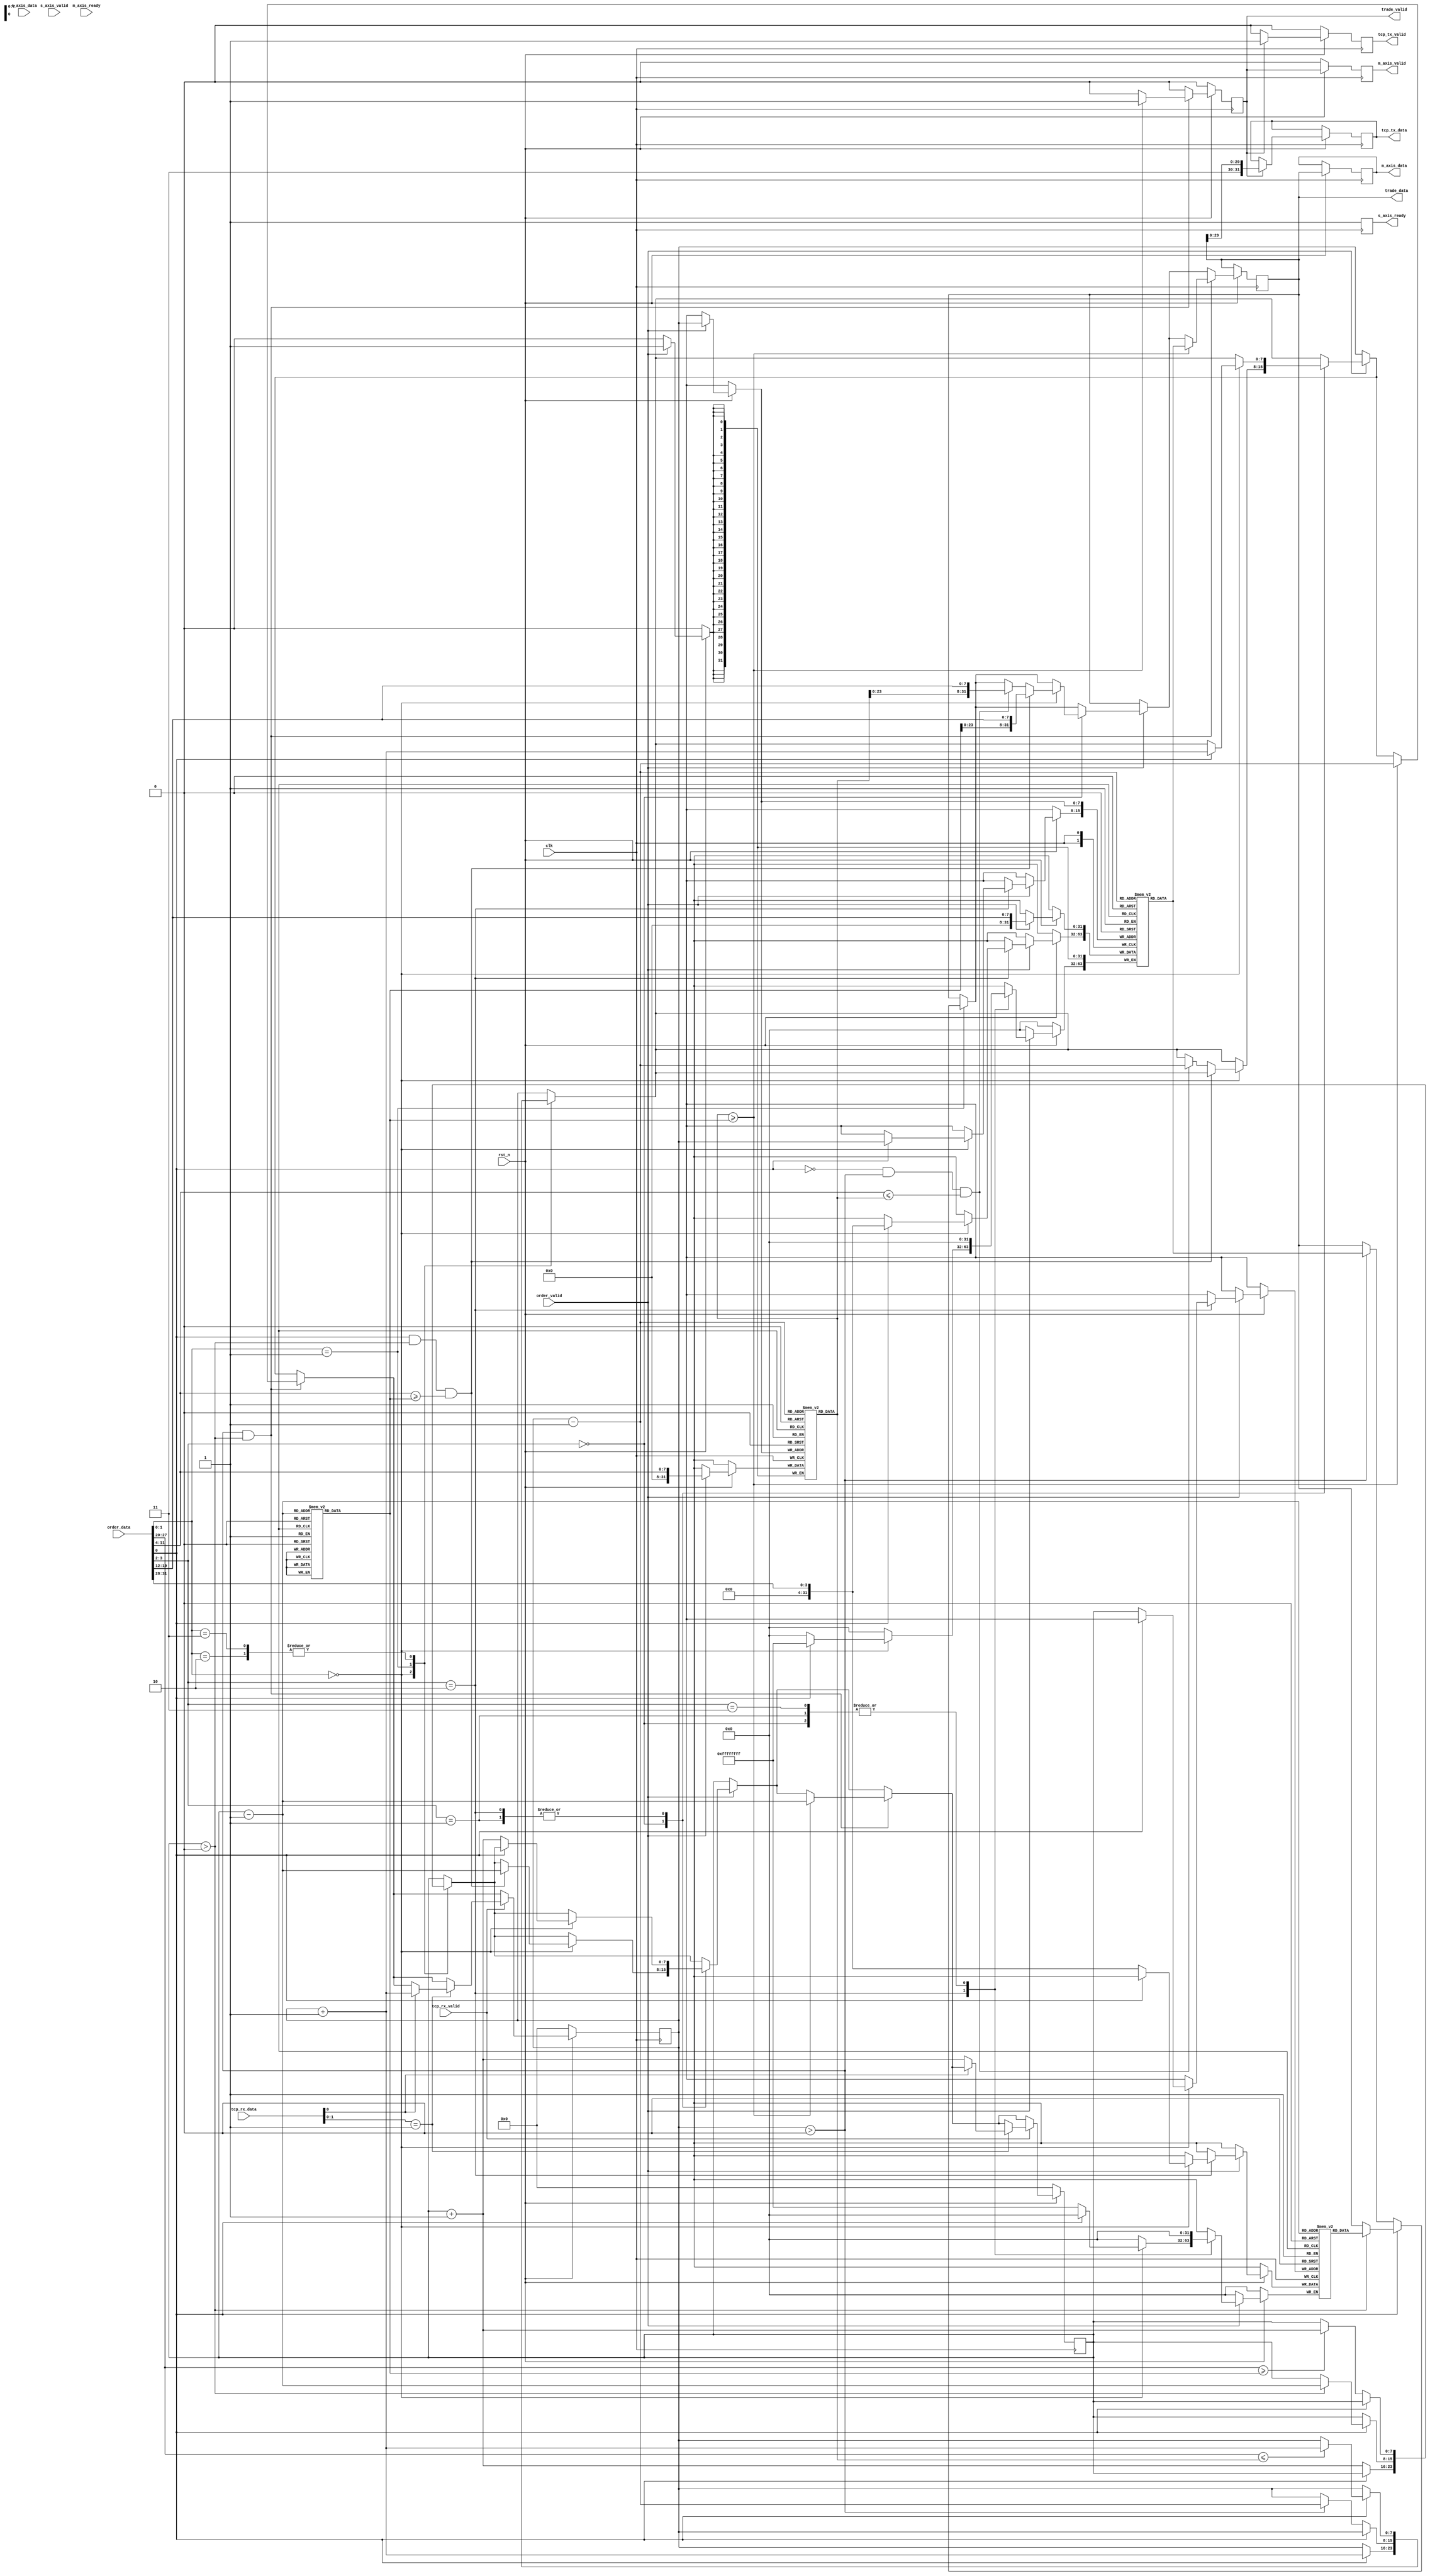
module order_matching_engine (
  input wire clk,
  input wire rst_n,
  input wire [31:0] order_data,
  input wire order_valid,
  output reg [31:0] trade_data,
  output reg trade_valid,
  // TCP/IP stack interfaces
  input wire [31:0] tcp_rx_data,
  input wire tcp_rx_valid,
  output reg [31:0] tcp_tx_data,
  output reg tcp_tx_valid,
  // AXI stream interfaces
  input wire [31:0] s_axis_data,
  input wire s_axis_valid,
  output reg s_axis_ready,
  output reg [31:0] m_axis_data,
  output reg m_axis_valid,
  input wire m_axis_ready
);

  // Advanced order types
  parameter LIMIT_ORDER = 2'b00;
  parameter MARKET_ORDER = 2'b01;
  parameter STOP_ORDER = 2'b10;
  parameter TRAILING_STOP_ORDER = 2'b11;

  // Execution strategies
  parameter AGGRESSIVE_STRATEGY = 2'b00;
  parameter PASSIVE_STRATEGY = 2'b01;
  parameter ICEBERG_STRATEGY = 2'b10;
  parameter VWAP_STRATEGY = 2'b11;

  // Order book data structure
  reg [1:0] bid_order_type [0:255];
  reg [1:0] bid_execution_strategy [0:255];
  reg [31:0] bid_price [0:255];
  reg [31:0] bid_quantity [0:255];
  reg [31:0] bid_stop_price [0:255];
  reg [31:0] bid_iceberg_quantity [0:255];

  reg [1:0] ask_order_type [0:255];
  reg [1:0] ask_execution_strategy [0:255];
  reg [31:0] ask_price [0:255];
  reg [31:0] ask_quantity [0:255];
  reg [31:0] ask_stop_price [0:255];
  reg [31:0] ask_iceberg_quantity [0:255];

  reg [7:0] bid_book_size;
  reg [7:0] ask_book_size;

  // Matching engine logic
  always @(posedge clk) begin
    if (!rst_n) begin
      // Reset logic
      bid_book_size <= 0;
      ask_book_size <= 0;
      trade_valid <= 0;
      tcp_tx_valid <= 0;
      s_axis_ready <= 1;
      m_axis_valid <= 0;
    end else begin
      // Process incoming orders
      if (order_valid) begin
        bid_order_type[bid_book_size] <= order_data[1:0];
        bid_execution_strategy[bid_book_size] <= order_data[3:2];
        bid_price[bid_book_size] <= order_data[11:4];
        bid_quantity[bid_book_size] <= order_data[19:12];
        bid_stop_price[bid_book_size] <= order_data[27:20];
        bid_iceberg_quantity[bid_book_size] <= order_data[31:28];
        
        case (order_data[1:0])
          LIMIT_ORDER: begin
            // Process limit order
            if (order_data[0]) begin
              // Buy order
              bid_book_size <= bid_book_size + 1;
            end else begin
              // Sell order
              ask_book_size <= ask_book_size + 1;
            end
          end
          MARKET_ORDER: begin
            // Process market order
            if (order_data[0]) begin
              // Buy order
              if (ask_book_size > 0) begin
                // Match with the best available sell order
                trade_data <= {ask_price[ask_book_size - 1], ask_quantity[ask_book_size - 1]};
                trade_valid <= 1;
                ask_book_size <= ask_book_size - 1;
              end
            end else begin
              // Sell order
              if (bid_book_size > 0) begin
                // Match with the best available buy order
                trade_data <= {bid_price[bid_book_size - 1], bid_quantity[bid_book_size - 1]};
                trade_valid <= 1;
                bid_book_size <= bid_book_size - 1;
              end
            end
          end
          STOP_ORDER: begin
            // Process stop order
            if (order_data[0]) begin
              // Buy stop order
              if (order_data[27:20] <= bid_price[bid_book_size - 1]) begin
                // Stop price triggered, add to bid book
                bid_book_size <= bid_book_size + 1;
              end
            end else begin
              // Sell stop order
              if (order_data[27:20] >= ask_price[ask_book_size - 1]) begin
                // Stop price triggered, add to ask book
                ask_book_size <= ask_book_size + 1;
              end
            end
          end
          TRAILING_STOP_ORDER: begin
            // Process trailing stop order
            if (order_data[0]) begin
              // Buy trailing stop order
              if (order_data[27:20] <= bid_price[bid_book_size - 1]) begin
                // Stop price triggered, add to bid book
                bid_book_size <= bid_book_size + 1;
              end else begin
                // Update stop price based on market movement
                bid_stop_price[bid_book_size] <= bid_price[bid_book_size - 1] - order_data[31:28];
              end
            end else begin
              // Sell trailing stop order
              if (order_data[27:20] >= ask_price[ask_book_size - 1]) begin
                // Stop price triggered, add to ask book
                ask_book_size <= ask_book_size + 1;
              end else begin
                // Update stop price based on market movement
                ask_stop_price[ask_book_size] <= ask_price[ask_book_size - 1] + order_data[31:28];
              end
            end
          end
        endcase
        
        // Apply execution strategies
        case (order_data[3:2])
          AGGRESSIVE_STRATEGY: begin
            // Implement aggressive execution strategy
            // Immediately match the order with the best available price
            if (order_data[1:0] == LIMIT_ORDER) begin
              if (order_data[0] && ask_book_size > 0 && order_data[11:4] >= ask_price[ask_book_size - 1]) begin
                // Aggressive buy order
                trade_data <= {ask_price[ask_book_size - 1], order_data[19:12]};
                trade_valid <= 1;
                ask_book_size <= ask_book_size - 1;
              end else if (!order_data[0] && bid_book_size > 0 && order_data[11:4] <= bid_price[bid_book_size - 1]) begin
                // Aggressive sell order
                trade_data <= {bid_price[bid_book_size - 1], order_data[19:12]};
                trade_valid <= 1;
                bid_book_size <= bid_book_size - 1;
              end
            end
          end
          PASSIVE_STRATEGY: begin
            // Implement passive execution strategy
            // Add the order to the book without immediate execution
            if (order_data[1:0] == LIMIT_ORDER) begin
              if (order_data[0]) begin
                // Passive buy order
                bid_book_size <= bid_book_size + 1;
              end else begin
                // Passive sell order
                ask_book_size <= ask_book_size + 1;
              end
            end
          end
          ICEBERG_STRATEGY: begin
            // Implement iceberg execution strategy
            // Display only a portion of the total order quantity
            if (order_data[1:0] == LIMIT_ORDER) begin
              if (order_data[0]) begin
                // Iceberg buy order
                bid_book_size <= bid_book_size + 1;
                bid_quantity[bid_book_size] <= order_data[31:28];
              end else begin
                // Iceberg sell order
                ask_book_size <= ask_book_size + 1;
                ask_quantity[ask_book_size] <= order_data[31:28];
              end
            end
          end
          VWAP_STRATEGY: begin
            // Implement VWAP execution strategy
            // Execute orders based on the volume-weighted average price
            // TODO: Implement VWAP execution logic
          end
        endcase
      end

      // Perform matching logic
      if (bid_book_size > 0 && ask_book_size > 0) begin
        if (bid_price[bid_book_size - 1] >= ask_price[ask_book_size - 1]) begin
          // Execute trade
          trade_data <= {bid_price[bid_book_size - 1], bid_quantity[bid_book_size - 1]};
          trade_valid <= 1;
          
          // Update order books
          bid_book_size <= bid_book_size - 1;
          ask_book_size <= ask_book_size - 1;
        end else begin
          trade_valid <= 0;
        end
      end else begin
        trade_valid <= 0;
      end
      
      // TCP/IP stack integration
      if (tcp_rx_valid) begin
        // Process incoming TCP data
        case (tcp_rx_data[1:0])
          2'b01: begin
            // New order
            if (tcp_rx_data[0]) begin
              // Buy order
              bid_book_size <= bid_book_size + 1;
            end else begin
              // Sell order
              ask_book_size <= ask_book_size + 1;
            end
          end
          2'b10: begin
            // Cancel order
            // Implement order cancellation logic
            // TODO: Implement order cancellation logic
          end
          // Add more cases for other TCP commands
        endcase
      end

      // Generate outgoing TCP data
      tcp_tx_valid <= 0;
      if (trade_valid) begin
        tcp_tx_data <= {2'b11, trade_data[29:0]};
        tcp_tx_valid <= 1;
      end

      // AXI stream interfaces
      s_axis_ready <= 1;
      m_axis_data <= trade_data;
      m_axis_valid <= trade_valid;
    end
  end

endmodule